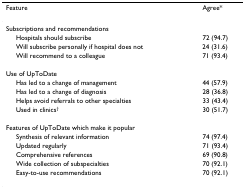
<table><thead><tr><td><b>Feature</b></td><td><b>Agree*</b></td></tr></thead><tbody><tr><td>Subscriptions and recommendations</td><td></td></tr><tr><td> Hospitals should subscribe</td><td>72 (94.7)</td></tr><tr><td> Will subscribe personally if hospital does not</td><td>24 (31.6)</td></tr><tr><td> Will recommend to a colleague</td><td>71 (93.4)</td></tr><tr><td>Use of UpToDate</td><td></td></tr><tr><td> Has led to a change of management</td><td>44 (57.9)</td></tr><tr><td> Has led to a change of diagnosis</td><td>28 (36.8)</td></tr><tr><td> Helps avoid referrals to other specialties</td><td>33 (43.4)</td></tr><tr><td> Used in clinics<sup>†</sup></td><td>30 (51.7)</td></tr><tr><td>Features of UpToDate which make it popular</td><td></td></tr><tr><td> Synthesis of relevant information</td><td>74 (97.4)</td></tr><tr><td> Updated regularly</td><td>71 (93.4)</td></tr><tr><td> Comprehensive references</td><td>69 (90.8)</td></tr><tr><td> Wide collection of subspecialties</td><td>70 (92.1)</td></tr><tr><td> Easy-to-use recommendations</td><td>70 (92.1)</td></tr></tbody></table>